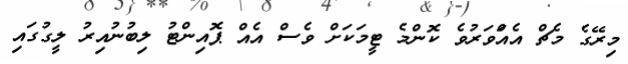
މިރޭގެ މެޗް އެއްަވަރުވެ ކޮންމެ ޓީމަކަށް ވެސް އެއް ޕޮއިންޓު ލިބުނުއިރު ލީގުގައި